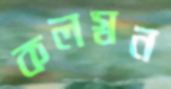
কলস্বন